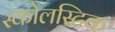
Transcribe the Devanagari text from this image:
स्कोलस्टिक